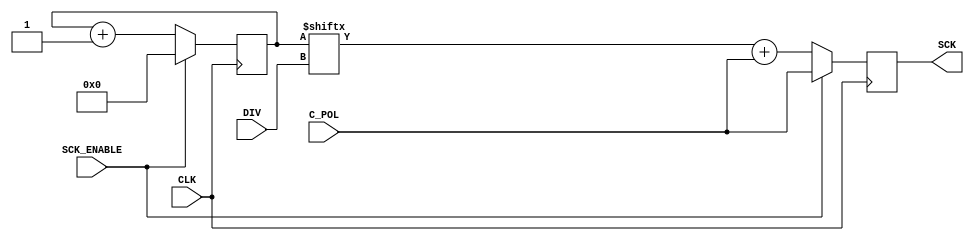
module FREQ_DIV(SCK, CLK, SCK_ENABLE, DIV, C_POL);
	output reg SCK;
	
	input CLK, SCK_ENABLE, DIV, C_POL;
	
	reg [7:0] COUNT = 0;
	
	always @(posedge CLK)
		if(~SCK_ENABLE)
			begin 
				SCK <= COUNT[DIV] + C_POL;
				COUNT <= COUNT + 1;
			end
		else 
			begin
				COUNT <= 0;
				SCK <= C_POL;
			end

endmodule